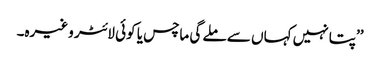
’’پتا نہیں کہاں سے ملے گی ماچس یا کوئی لائٹر وغیرہ۔